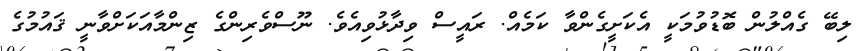
ލިބޭ ގެއްލުން ބޮޑުވުމަކީ އެކަށީގެންވާ ކަމެއް. ރައީސް ވިދާޅުވިއެވެ. ނޫސްވެރިންގެ ޒިންމާއަކަށްވާނީ ޤައުމުގެ